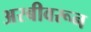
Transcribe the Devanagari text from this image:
अरबीवरून